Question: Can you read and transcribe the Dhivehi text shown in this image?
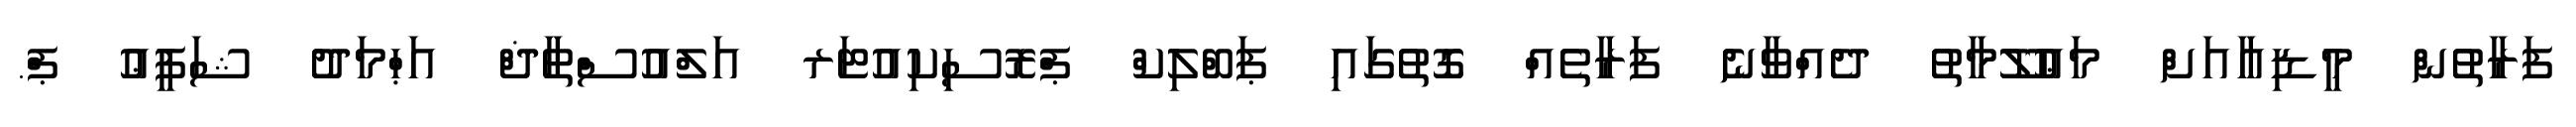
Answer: ފަރާތުން މީޑިއާއަށް މަޢުލޫމާތު ދެއްވާނެ ފަރާތެއް ގޮތުގައި ޕަބްލިކް ޕްރޮސިކިއުޓަރ އަލްއުސްތާޛް އަޙްމަދު ޝަފީޢު ޕް.